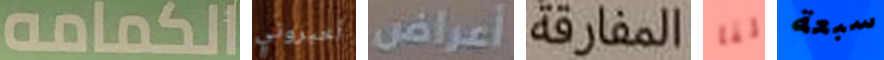
الكمامه أخبروني أعراض المفارقة لنا سبعة